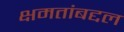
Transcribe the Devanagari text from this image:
क्षमतांबद्दल